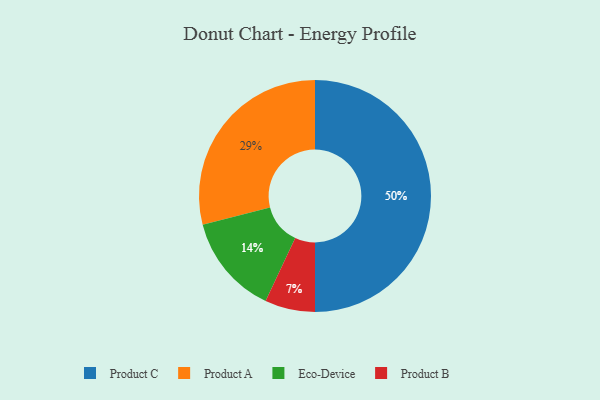
{"axis": {"x": "Category", "y": "Percentage"}, "legend": ["Eco-Device", "Product A", "Product B", "Product C"], "data": [{"x": "Eco-Device", "y": 14, "type": "Eco-Device"}, {"x": "Product A", "y": 29, "type": "Product A"}, {"x": "Product B", "y": 7, "type": "Product B"}, {"x": "Product C", "y": 50, "type": "Product C"}]}